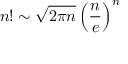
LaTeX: n ! \sim { \sqrt { 2 \pi n } } \left( { \frac { n } { e } } \right) ^ { n }